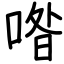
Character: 喒